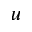
u